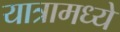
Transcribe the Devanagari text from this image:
यात्रामध्ये